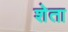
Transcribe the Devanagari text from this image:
शेता